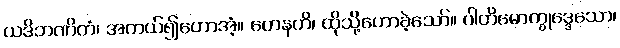
ယဒိဘဏိတံ၊ အကယ်၍ဟောအံ့။ တေနဟိ၊ ထိုသို့ဟောခဲ့သော်။ ပါတိမောက္ခုဒ္ဒေသော၊